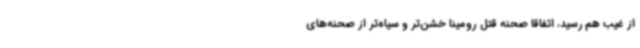
از غیب هم رسید، اتفاقا صحنه قتل رومینا خشن‌تر و سیاه‌تر از صحنه‌های